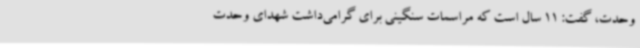
وحدت، گفت: 11 سال است که مراسمات سنگینی برای گرامی‌داشت شهدای وحدت